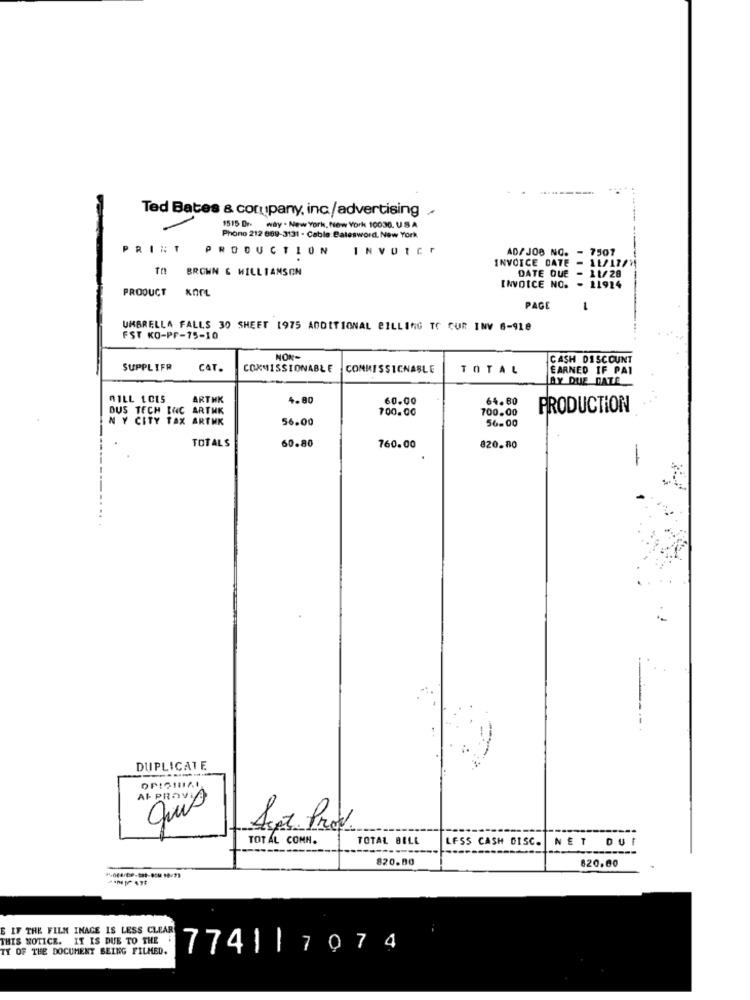
Ted Bates & company, inc/advertising
1515 Dr. way . New York, New York 10036. USA
Phono 212 889-3131 - Cable Balesword, New York
PRINT
PRODUCTION
INVOICE
AD/ JOB NO. - 7507
INVOICE DATE
- 11/13/4
TO BROWN & WILLIAMSON
DATE DUE - 11/28
PRODUCT
KOPL
INVOICE NO. - 11914
PAGE
-
UMBRELLA FALLS 30 SHEET 1975 ADDITIONAL BILLING TO CUR INV 6-910
FST KO-PF-75-10
CASH DISCOUNT
SUPPLIFR
CAT.
COMMISSIONABLE
CONMISSIGNABLE
TOTAL
EARNED IF PAI
AY DUE DATE
RILL LCIS
ARTHK
4.80
60.00
64.80
DUS TECH INC ARTHK
700.00
700.00
PRODUCTION
N Y CITY TAX ARTNK
56.00
56.00
TOTALS
60.80
760.00
820.80
DUPLICATE
At PROVID
quis
Sept. Prov.
TOTAL COMH.
TOTAL BELL
LESS CASH DISC.
NET DU
820.80
620.00
E IF THE FILM IMAGE IS LESS CLEAR
THIS NOTICE. IT IS DUE TO THE 7741 |7074
TY OF THE DOCUMENT BEING FILMED.